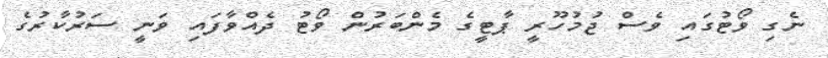
ނެގި ވޯޓުގައި ވެސް ޖުމުހޫރީ ޕާޓީގެ މެންބަރުން ވޯޓު ދެއްވާފައި ވަނީ ސަރުކާރުގެ